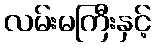
လမ်းမကြီးနှင့်